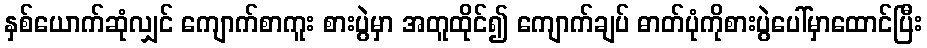
နှစ်ယောက်ဆုံလျှင် ကျောက်စာကူး စားပွဲမှာ အတူထိုင်၍ ကျောက်ချပ် ဓာတ်ပုံကိုစားပွဲပေါ်မှာထောင်ပြီး